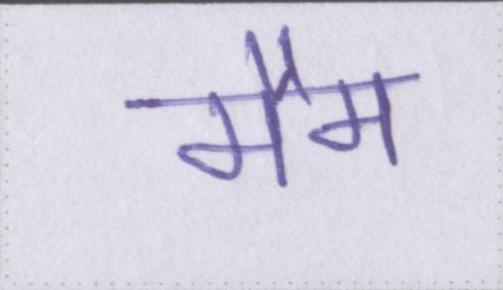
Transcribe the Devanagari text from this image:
मैम